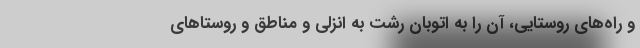
و راه‌های روستایی، آن را به اتوبان رشت به انزلی و مناطق و روستاهای